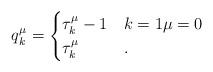
LaTeX: \begin{align*}q^{\mu}_k = \begin{cases} \tau^{\mu}_k - 1 & k=1 \mu = 0\\ \tau^\mu_k & .\end{cases}\end{align*}